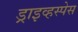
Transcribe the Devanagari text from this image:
ड्राइव्हस्पेस